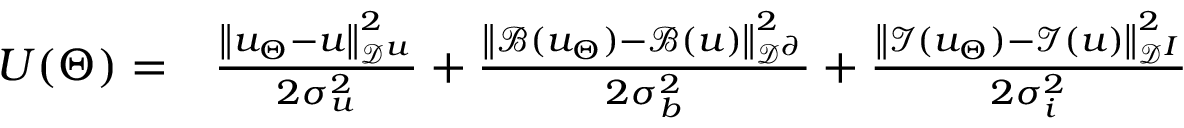
\begin{array} { r l } { U ( \Theta ) = } & { { } \frac { \left\| u _ { \Theta } - u \right\| _ { \mathcal { D } ^ { u } } ^ { 2 } } { 2 \sigma _ { u } ^ { 2 } } + \frac { \left\| \mathcal { B } ( u _ { \Theta } ) - \mathcal { B } ( u ) \right\| _ { \mathcal { D } ^ { \partial } } ^ { 2 } } { 2 \sigma _ { b } ^ { 2 } } + \frac { \left\| \mathcal { I } ( u _ { \Theta } ) - \mathcal { I } ( u ) \right\| _ { \mathcal { D } ^ { I } } ^ { 2 } } { 2 \sigma _ { i } ^ { 2 } } } \end{array}